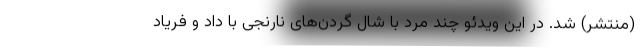
(منتشر) شد. در این ویدئو چند مرد با شال گردن‌های نارنجی با داد و فریاد